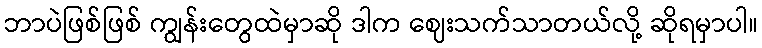
ဘာပဲဖြစ်ဖြစ် ကျွန်းတွေထဲမှာဆို ဒါက ဈေးသက်သာတယ်လို့ ဆိုရမှာပါ။